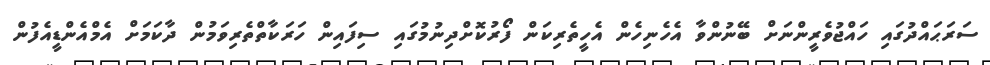
ސަރަޙައްދުގައި ހައްޖުވެރީންނަށް ބޭނުންވާ އެހެނިހެން އެހީތެރިކަން ފޯރުކޮށްދިނުމުގައި ސިފައިން ހަރަކާތްތެރިވަމުން ދާކަމަށް އެމްއެންޑީއެފުން